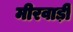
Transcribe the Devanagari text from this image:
मीरवाड़ी